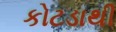
કોટડાથી